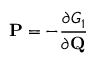
\mathbf { P } = - { \frac { \partial G _ { 1 } } { \partial \mathbf { Q } } }